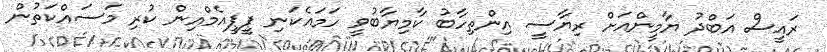
ރައީސް އަބްދު ޔާމީންއަށް ރިޔާސީ އިންތިހާބު ކާމިޔާބުވީ ހަމައެކަނި ޕީޕީއެމްއިން ކުރި މަސައްކަތުން